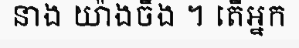
នាង យ៉ាងចឹង ។ តើអ្នក